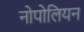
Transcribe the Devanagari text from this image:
नोपोलियन